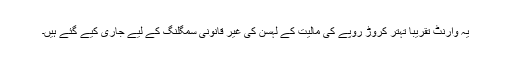
یہ وارنٹ تقریباً تہتر کروڑ روپے کی مالیت کے لہسن کی غیر قانونی سمگلنگ کے لیے جاری کیے گئے ہیں۔